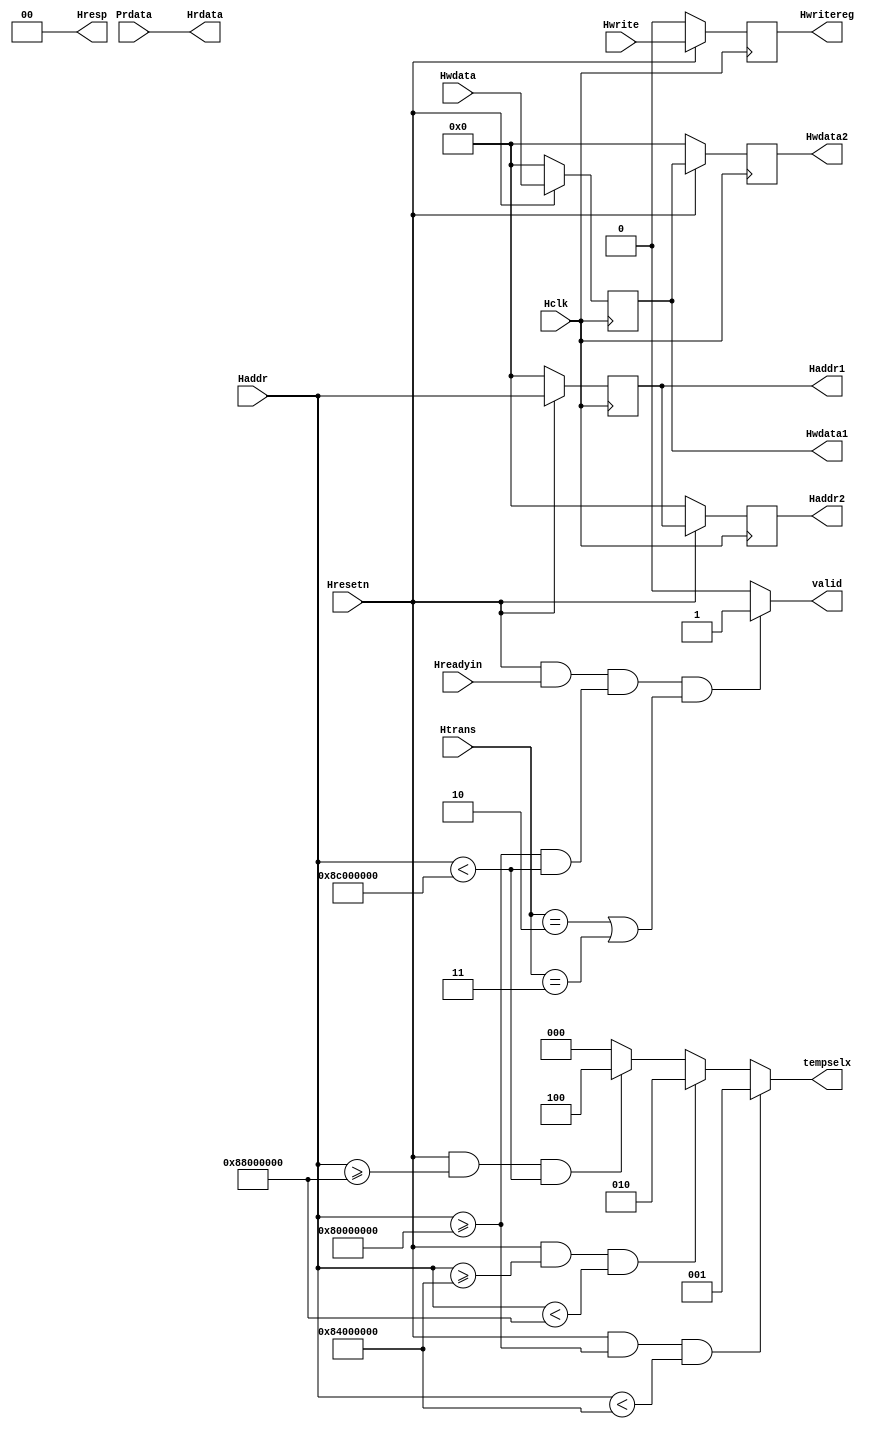
module AHB_Slave(
    // Global signals
	input Hclk,
    input Hresetn,
	// Address and control signals
    input Hwrite,
    input Hreadyin,
    input [1:0] Htrans,
    input [31:0] Haddr, // New one 
    input [31:0] Hwdata,
	input [31:0] Prdata,
	// Outputs
    output reg valid,
    output reg Hwritereg,
    output reg [31:0] Haddr1, // Current address
    output reg [31:0] Haddr2, // Next address
    output reg [31:0] Hwdata1,
    output reg [31:0] Hwdata2,
    output [31:0] Hrdata,
    output reg [2:0] tempselx,
    output [1:0] Hresp);

// Implementing AHB Pipeline Logic for address,data and control Signals
	always @(posedge Hclk)
		begin
			if (~Hresetn) // Active low reset
				begin
					Haddr1<=0;
					Haddr2<=0;
				end
			else
				begin
					Haddr1<=Haddr;
					Haddr2<=Haddr1;
				end
		end
	always@(posedge Hclk)
		begin
			if (~Hresetn)
				begin
					Hwdata1<=0;
					Hwdata2<=0;
				end
			else
				begin
					Hwdata1<=Hwdata;
					Hwdata2<=Hwdata1;
				end
		end
	always @(posedge Hclk)
		begin	
			if (~Hresetn)
				Hwritereg<=0;
			else
				Hwritereg<=Hwrite;
		end
// Implementing Valid Logic Generation
	always @(Hreadyin,Haddr,Htrans,Hresetn)
		begin
			valid=0;
			if (Hresetn && Hreadyin && (Haddr>=32'h8000_0000 && Haddr<32'h8C00_0000) && (Htrans==2'b10 || Htrans==2'b11))
			// For a valid transfer --> reset is off, READY signal is high (previous transfer is completed),
			// valid address, and SEQ or NONSEQ HTRANS signal
				valid=1;
		end
/// Implementing Tempselx Logic
	always @(Haddr,Hresetn) // Decoding address bus into tempselx
		begin
			tempselx=3'b000;
			if (Hresetn && Haddr>=32'h8000_0000 && Haddr<32'h8400_0000)
				tempselx=3'b001;
			else if (Hresetn && Haddr>=32'h8400_0000 && Haddr<32'h8800_0000)
				tempselx=3'b010;
			else if (Hresetn && Haddr>=32'h8800_0000 && Haddr<32'h8C00_0000)
				tempselx=3'b100;

		end
assign Hrdata = Prdata; // Read from APB
assign Hresp=2'b00;	// OKAY signal --> transfer is proceeding correctly
endmodule